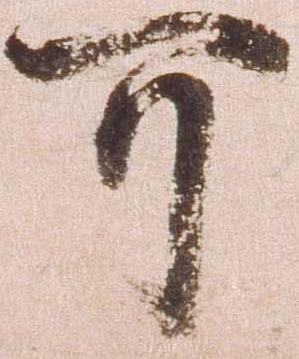
可